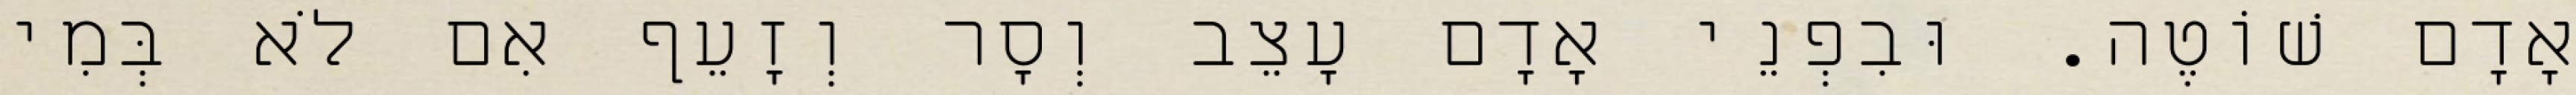
אָדָם שׁוֹטֶה. וּבִפְנֵי אָדָם עָצֵב וְסָר וְזָעֵף אִם לֹא בְּמִי